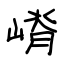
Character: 嵴